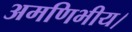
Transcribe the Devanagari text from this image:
अमणिभीय।